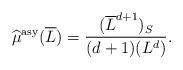
LaTeX: \begin{align*} \widehat{\mu}^{\mathrm{asy}}(\overline L) = \frac{(\overline L^{d+1})_S}{(d+1)(L^d)}.\end{align*}